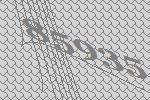
85935